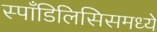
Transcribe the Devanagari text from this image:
स्पाँडिलिसिसमध्ये